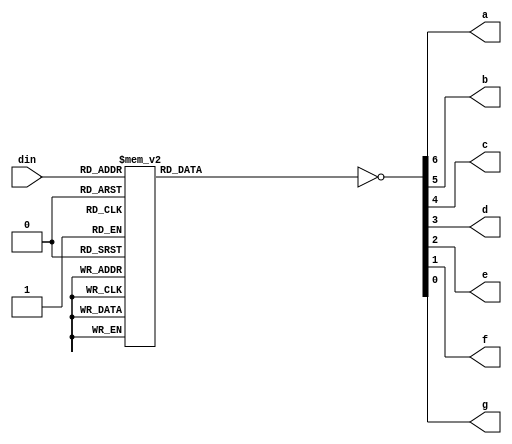
`timescale 1ns / 1ps


module digit_decoder(din, a, b, c, d, e, f, g);
    input [3:0] din;
    output reg a, b, c, d, e, f, g;
    
    
    always @(din)
    begin
        case(din)
            4'b0000: {a, b, c, d, e, f, g} = 7'b1111110;
            4'b0001: {a, b, c, d, e, f, g} = 7'b0110000;
            4'b0010: {a, b, c, d, e, f, g} = 7'b1101101;
            4'b0011: {a, b, c, d, e, f, g} = 7'b1111001;
            4'b0100: {a, b, c, d, e, f, g} = 7'b0110011;
            4'b0101: {a, b, c, d, e, f, g} = 7'b1011011;
            4'b0110: {a, b, c, d, e, f, g} = 7'b1011111;
            4'b0111: {a, b, c, d, e, f, g} = 7'b1110000;
            4'b1000: {a, b, c, d, e, f, g} = 7'b1111111;
            4'b1001: {a, b, c, d, e, f, g} = 7'b1111011;
            4'b1010: {a, b, c, d, e, f, g} = 7'b1110111;
            4'b1011: {a, b, c, d, e, f, g} = 7'b1111111;
            4'b1100: {a, b, c, d, e, f, g} = 7'b1001110;
            4'b1101: {a, b, c, d, e, f, g} = 7'b1111110;
            4'b1110: {a, b, c, d, e, f, g} = 7'b1001111;
            4'b1111: {a, b, c, d, e, f, g} = 7'b1000111;
        endcase
        {a, b, c, d, e, f, g} = ~{a, b, c, d, e, f, g};
     end
    
endmodule